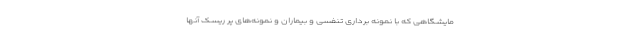
مایشگاهی که با نمونه برداری تنفسی و بیماران و نمونه‌های پر ریسک آنها